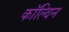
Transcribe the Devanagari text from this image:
काॅल्विन